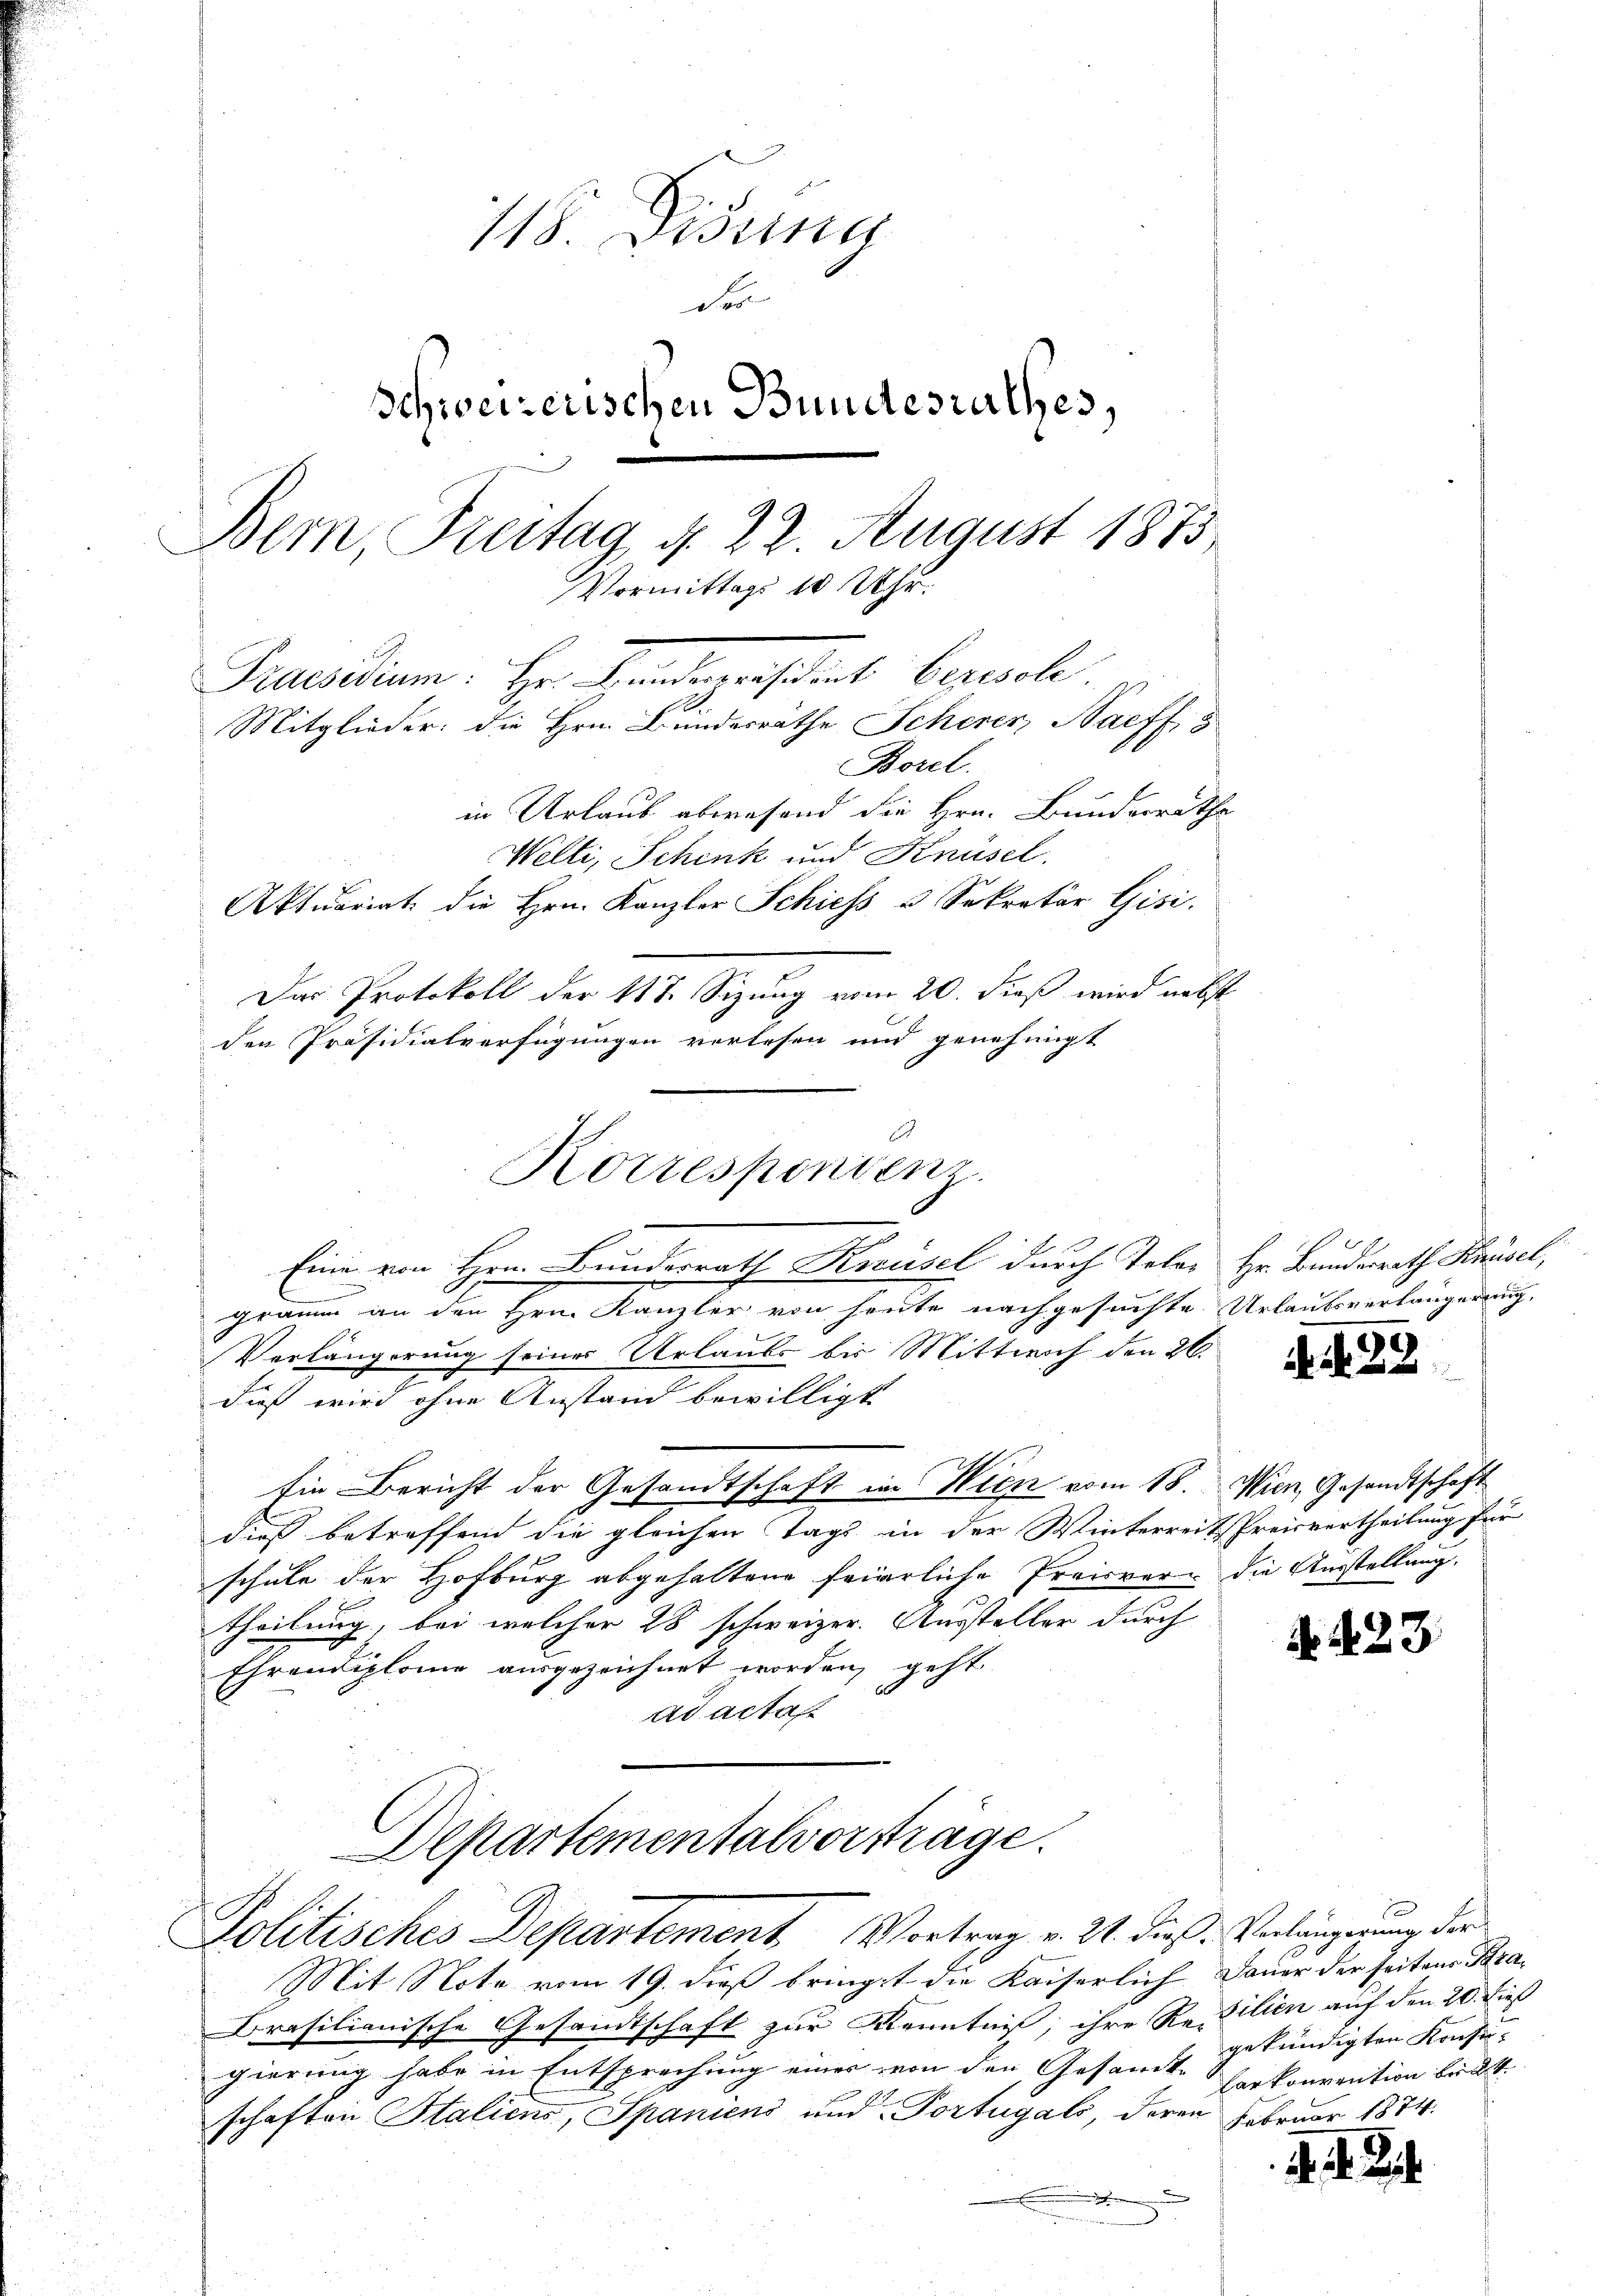
118. Didung
de
Schweizerischen Bundesrathes,
Bern, Breitag d. 22. August 1873.
Vormittags 10 Uhr.
Praesidium. Hr. Kindeprestrat berische.
Mitglieder: die Hrn. Bundesrathe Scherer, Saeff. 8
Borel.
in Urlaub abwesend die Hrn. Bunderrathe
Welti, Schenk und Knüsel.
Aktuariat die Hrn. Kanzler Schiess 3 Sekretär Gisi.
Das Protokoll der 117. Sizung vom 20. dieß wird nebst
den Präsidialverfügungen verlesen und genehmigt

Eine von Hrn. Bunderrath Knüsel durch Teler Hr. Bundesrath Knüsel,
graum an den Hrn. Kanzler von heute nachgesuchte Urlaubsverlängerung,
Verlängerung seiner Urlaubs bis Mittwoch den 26.
dieß wird ohne Anstand bewilligt.
Ein Bericht der Gesandtschaft im Wien vom 18. Wien, Gesandtschaft
Fuß betreffend die gleichen Tags in der Winterreitspreisvertheilung für
schule der Hofburg abgehaltene feierliche Preisver- die Ausstellung.
theilung, bei welcher 28 schweizer. Aussteller durch
Ehrendiplome ausgezeichnet worden, geht
ad actaf

Korrespondenz.

Departementalverträge.
Politisches Departement. Vortrag v. 21. diese Verlängerung der

Mit Note vom 19. dieß bringt die Kaiserlich. Dauer der seiten Kra-
Brasilianische Gesandtschaft zur Kenntniß, ihre Recilien auf den 20. dieß
gierung habe in Entsprechung eines von den Gesamt gekündigten Konfu-
schaften Staliens, Spaniens und Portugals, deren Februar 1874.

483

N 423

d
Carkonvention bet

d. d. Js.